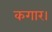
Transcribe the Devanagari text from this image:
कगार।